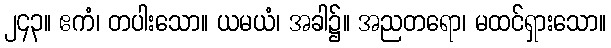
၂၄၃။ ဧကံ၊ တပါးသော။ ယမယံ၊ အခါ၌။ အညတရော၊ မထင်ရှားသော။